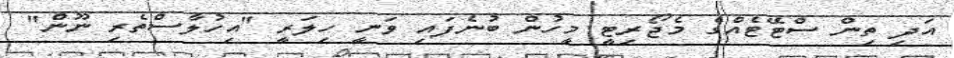
އަދި ތިން ސްޓޭޓެއްގެ މެޖޯރިޓީ މީހުން ބުނެފައި ވަނީ ހިލަރީ "އިހުލާސްތެރި ނޫން"